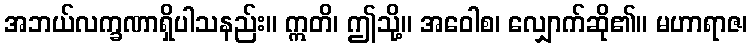
အဘယ်လက္ခဏာရှိပါသနည်း။ ဣတိ၊ ဤသို့။ အဝေါစ၊ လျှောက်ဆို၏။ မဟာရာဇ၊